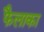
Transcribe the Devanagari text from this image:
फैलाका